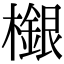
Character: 檭